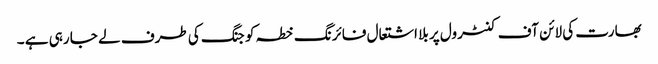
بھارت کی لائن آف کنٹرول پر بلا اشتعال فائرنگ خطہ کو جنگ کی طرف لے جا رہی ہے ۔